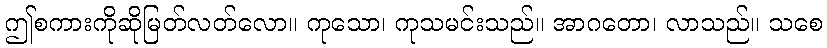
ဤစကားကိုဆိုမြတ်လတ်လော။ ကုသော၊ ကုသမင်းသည်။ အာဂတော၊ လာသည်။ သစေ